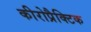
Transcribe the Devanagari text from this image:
कीरोप्रैक्टिक